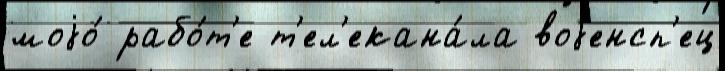
моjо́ рабо́т'е т'ел'екана́ла воjенсп'ец